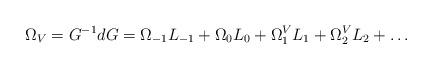
LaTeX: \begin{align*}\Omega_V=G^{-1} dG=\Omega_{-1}L_{-1}+\Omega_0 L_0+\Omega_1^V L_1+\Omega_2^V L_2+\ldots\end{align*}